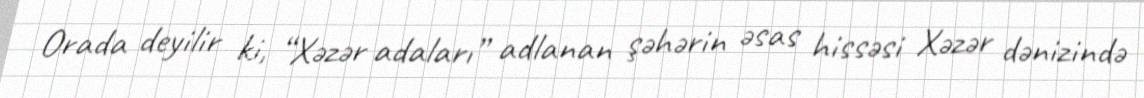
Orada deyilir ki, “Xəzər adaları” adlanan şəhərin əsas hissəsi Xəzər dənizində